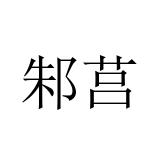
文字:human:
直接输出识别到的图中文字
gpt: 邾莒